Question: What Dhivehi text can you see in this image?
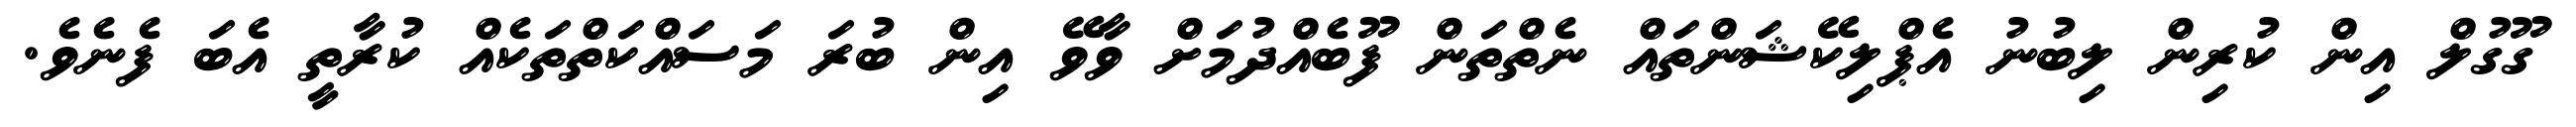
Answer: ގޫގުލް އިން ކުރިން ލިބުނު އެޕްލިކޭޝަންތައް ނެތްތަން ފޫބެއްދުމަށް ވާވޭ އިން ބުރަ މަސައްކަތްތަކެއް ކުރާތީ އެބަ ފެނެވެ.